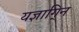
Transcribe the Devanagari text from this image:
यज्ञागि्न